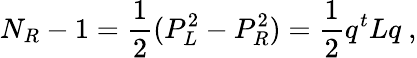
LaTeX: N_{R}-1=\frac{1}{2}(P_{L}^{2}-P_{R}^{2})=\frac{1}{2}q^{t}Lq\ ,